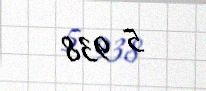
5 938